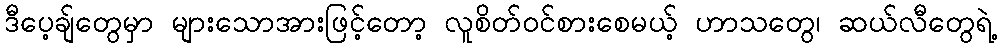
ဒီပေ့ချ်တွေမှာ များသောအားဖြင့်တော့ လူစိတ်ဝင်စားစေမယ့် ဟာသတွေ၊ ဆယ်လီတွေရဲ့